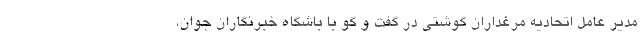
مدیر عامل اتحادیه مرغداران گوشتی در گفت و گو با باشگاه خبرنگاران جوان،